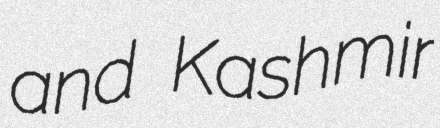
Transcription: and Kashmir